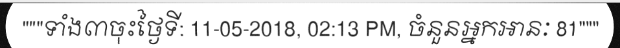
"""ទាំង៣ចុះថ្ងៃទី: 11-05-2018, 02:13 PM, ចំនួនអ្នកអានៈ 81"""